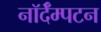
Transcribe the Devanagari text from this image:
नॉर्दॅम्पटन